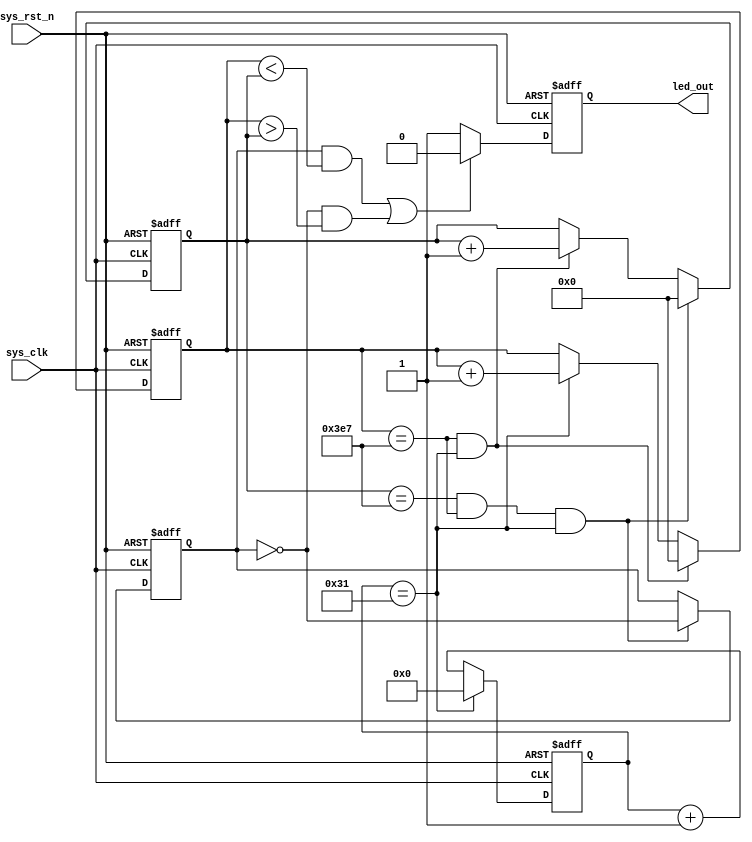
`timescale  1ns/1ns
////////////////////////////////////////////////////////////////////////
// Module Name   : breath_led
// Project Name  : breath_led
// Target Devices: Altera EP4CE10F17C8N
// Tool Versions : Quartus 13.0
// Description   : 
//
// Revision      : V1.0
// Additional Comments:
// 
// : _Pro_FPGA
//     : http://www.embedfire.com
//     : http://www.firebbs.cn
//     : https://fire-stm32.taobao.com
////////////////////////////////////////////////////////////////////////

module  breath_led
#(
    parameter CNT_1US_MAX = 6'd49   ,
    parameter CNT_1MS_MAX = 10'd999 ,
    parameter CNT_1S_MAX  = 10'd999
)
(
    input   wire    sys_clk     ,   //50Mhz
    input   wire    sys_rst_n   ,   //

    output  reg     led_out         //led
);

//********************************************************************//
//****************** Parameter and Internal Signal *******************//
//********************************************************************//
//reg define
reg [5:0]   cnt_1us     ;
reg [9:0]   cnt_1ms     ;
reg [9:0]   cnt_1s      ;
reg         cnt_1s_en   ;

//********************************************************************/
//***************************** Main Code ****************************//
//********************************************************************//
//cnt_1us:1us
always@(posedge sys_clk or negedge sys_rst_n)
    if(sys_rst_n == 1'b0)
        cnt_1us <= 6'b0;
    else    if(cnt_1us == CNT_1US_MAX)
        cnt_1us <= 6'b0;
    else
        cnt_1us <= cnt_1us + 1'b1;

//cnt_1ms:1ms
always@(posedge sys_clk or negedge sys_rst_n)
    if(sys_rst_n == 1'b0)
        cnt_1ms <= 10'b0;
    else    if(cnt_1ms == CNT_1MS_MAX && cnt_1us == CNT_1US_MAX)
        cnt_1ms <= 10'b0;
    else    if(cnt_1us == CNT_1US_MAX)
        cnt_1ms <= cnt_1ms + 1'b1;

//cnt_1s:1s
always@(posedge sys_clk or negedge sys_rst_n)
    if(sys_rst_n == 1'b0)
        cnt_1s <= 10'b0;
    else    if(cnt_1s == CNT_1S_MAX && cnt_1ms == CNT_1MS_MAX 
                                        && cnt_1us == CNT_1US_MAX)
        cnt_1s <= 10'b0;
    else    if(cnt_1ms == CNT_1MS_MAX && cnt_1us == CNT_1US_MAX)
        cnt_1s <= cnt_1s + 1'b1;

//cnt_1s_en:1s
always@(posedge sys_clk or negedge sys_rst_n)
    if(sys_rst_n == 1'b0)
        cnt_1s_en <= 1'b0;
    else    if(cnt_1s == CNT_1S_MAX && cnt_1ms == CNT_1MS_MAX 
                                            && cnt_1us == CNT_1US_MAX)
        cnt_1s_en <= ~cnt_1s_en;

//led_out:led
always@(posedge sys_clk or negedge sys_rst_n)
    if(sys_rst_n == 1'b0)
        led_out <= 1'b0;
    else    if((cnt_1s_en == 1'b1 && cnt_1ms < cnt_1s) || 
                            (cnt_1s_en == 1'b0 && cnt_1ms > cnt_1s))
        led_out <= 1'b0;
    else
        led_out <= 1'b1;

endmodule